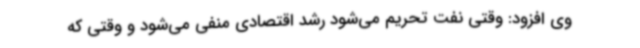
وی افزود: وقتی نفت تحریم می‌شود رشد اقتصادی منفی می‌شود و وقتی که